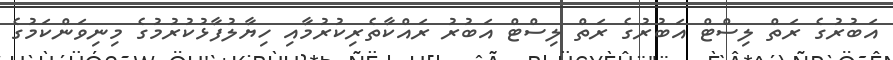
އަބުރުގެ ރަތް ލިސްޓް އަބުރުގެ ރަތް ލިސްޓް އަބުރު ރައްކާތެރިކުރުމާއި ހިޔާލުފާޅުކުރުމުގެ މިނިވަންކަމުގެ